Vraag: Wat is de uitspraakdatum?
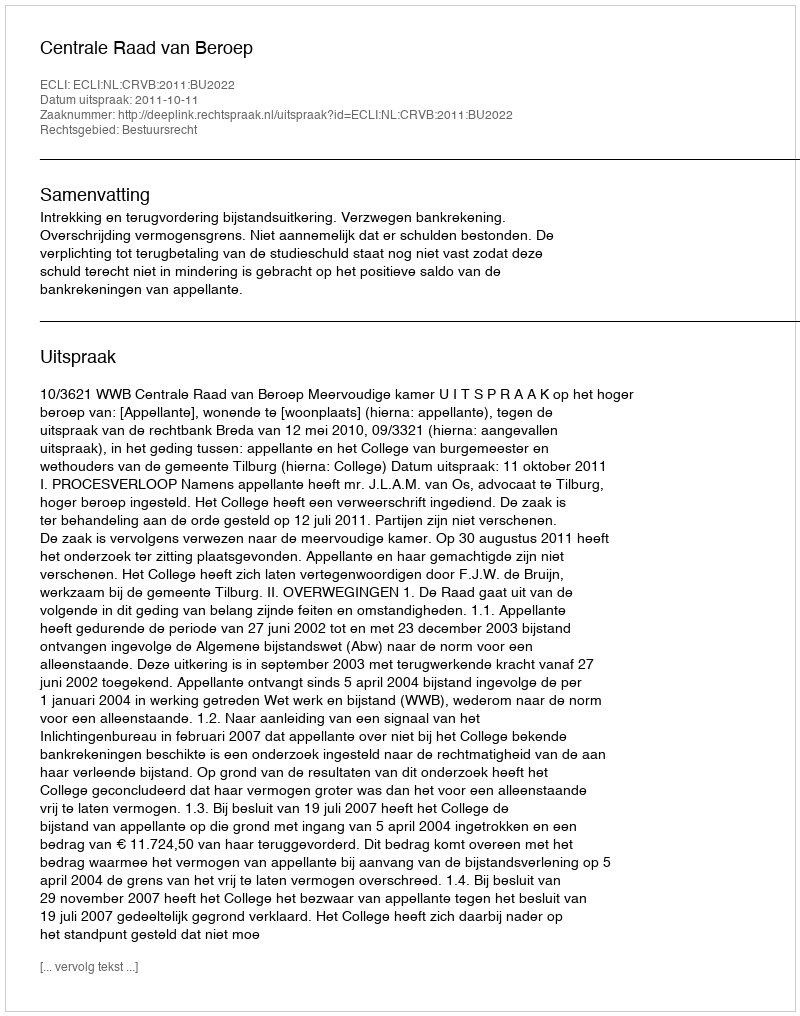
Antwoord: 2011-10-11